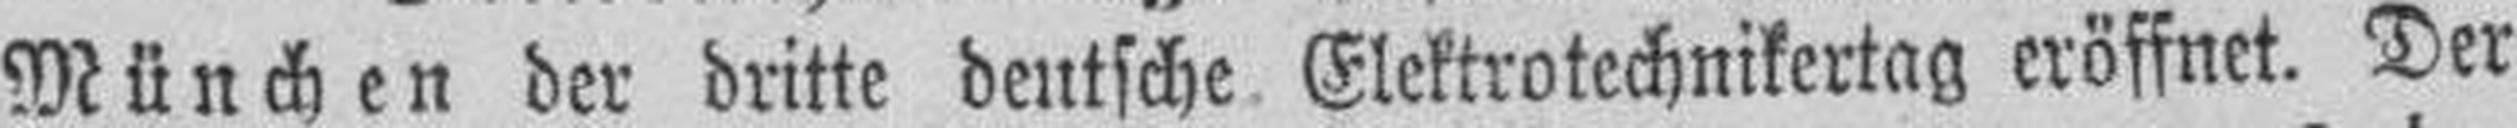
München der dritte deutsche Elektrotechnikertag eröffnet. Der